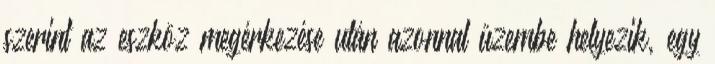
szerint az eszköz megérkezése után azonnal üzembe helyezik, egy